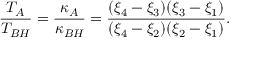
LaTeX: \frac { T _ { A } } { T _ { B H } } = \frac { \kappa _ { A } } { \kappa _ { B H } } = \frac { ( \xi _ { 4 } - \xi _ { 3 } ) ( \xi _ { 3 } - \xi _ { 1 } ) } { ( \xi _ { 4 } - \xi _ { 2 } ) ( \xi _ { 2 } - \xi _ { 1 } ) } .